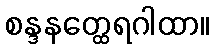
စန္ဒနတ္ထေရဂါထာ။